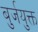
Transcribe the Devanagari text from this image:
बुर्जयुक्त